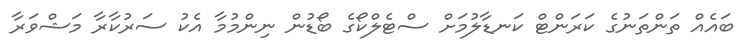
ބައެއް ތަންތަނުގެ ކަރަންޓް ކަނޑާލުމަށް ސްޓެލްކޯގެ ބޯޑުން ނިންމުމާ އެކު ސަރުކާރާ މަޝްވަރާ